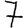
Digit: 7